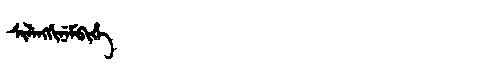
Manchu: ᠰᡳᠯᡝᠩᡤᡳᠨᡝᠮᠪᡳᡥᡝ
Romanization: SILENGGINEMBIHE